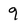
Character: 9